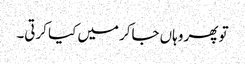
تو پھر وہاں جاکر میں کیا کرتی۔